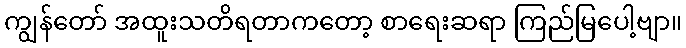
ကျွန်တော် အထူးသတိရတာကတော့ စာရေးဆရာ ကြည်မြပေါ့ဗျာ။